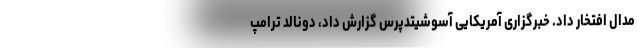
مدال افتخار داد. خبرگزاری آمریکایی آسوشیتدپرس گزارش داد، دونالد ترامپ